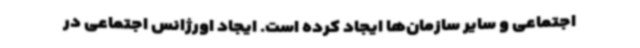
اجتماعی و سایر سازمان‌ها ایجاد کرده‌ است. ایجاد اورژانس اجتماعی در